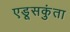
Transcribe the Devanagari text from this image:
एडूसकुंता